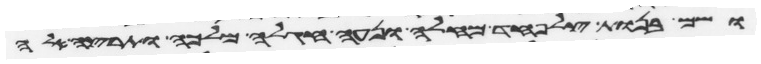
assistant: ושם בנות צלפחד מחלה ונעה חגלה מלכה ותרצה